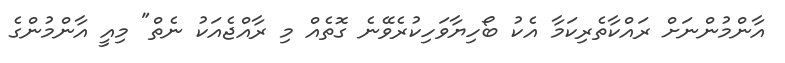
އާންމުންނަށް ރައްކާތެރިކަމާ އެކު ބޯހިޔާވަހިކުރެވޭނެ ގޮތެއް މި ރާއްޖެއަކު ނެތް" މިއީ އާންމުންގެ